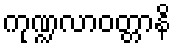
ကုဏ္ဍလာဝတ္တာနိ